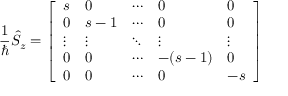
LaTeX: { \frac { 1 } { \hbar } } { \hat { S } } _ { z } = { \left[ \begin{array} { l l l l l } { s } & { 0 } & { \cdots } & { 0 } & { 0 } \\ { 0 } & { s - 1 } & { \cdots } & { 0 } & { 0 } \\ { \vdots } & { \vdots } & { \ddots } & { \vdots } & { \vdots } \\ { 0 } & { 0 } & { \cdots } & { - ( s - 1 ) } & { 0 } \\ { 0 } & { 0 } & { \cdots } & { 0 } & { - s } \end{array} \right] }